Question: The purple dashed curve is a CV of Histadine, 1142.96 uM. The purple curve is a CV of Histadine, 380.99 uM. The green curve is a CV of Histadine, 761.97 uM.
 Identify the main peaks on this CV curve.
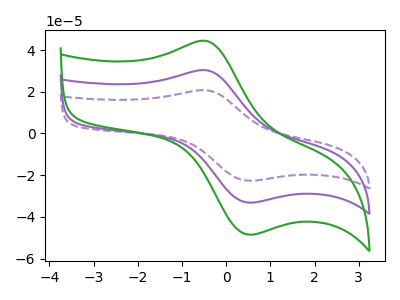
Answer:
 <answer>The purple dashed curve "Histadine, 1142.96 uM" has an anodic peak at (-0.45V, 60.55uA) and a cathodic peak at (0.55V, -66.30uA). The purple curve "Histadine, 380.99 uM" has an anodic peak at (-0.45V, 30.25uA) and a cathodic peak at (0.55V, -33.15uA). The green curve "Histadine, 761.97 uM" has an anodic peak at (-0.45V, 44.30uA) and a cathodic peak at (0.55V, -48.50uA).</answer>
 <eval></eval>